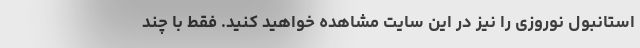
استانبول نوروزی را نیز در این سایت مشاهده خواهید کنید. فقط با چند